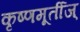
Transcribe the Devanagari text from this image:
कृष्णमूर्तीज्‌